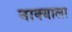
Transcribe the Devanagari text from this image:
नाक्याला